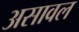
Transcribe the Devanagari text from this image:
असावल